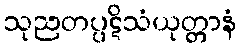
သုညတပ္ပဋိသံယုတ္တာနံ